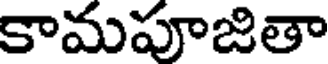
కామపూజితా